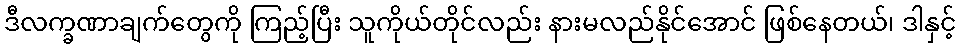
ဒီလက္ခဏာချက်တွေကို ကြည့်ပြီး သူကိုယ်တိုင်လည်း နားမလည်နိုင်အောင် ဖြစ်နေတယ်၊ ဒါနှင့်